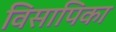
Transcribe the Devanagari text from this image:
विसापिका